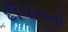
દીપાવવો